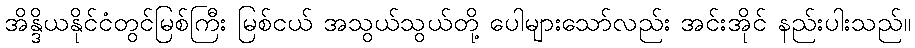
အိန္ဒိယနိုင်ငံတွင်မြစ်ကြီး မြစ်ငယ် အသွယ်သွယ်တို့ ပေါများသော်လည်း အင်းအိုင် နည်းပါးသည်။